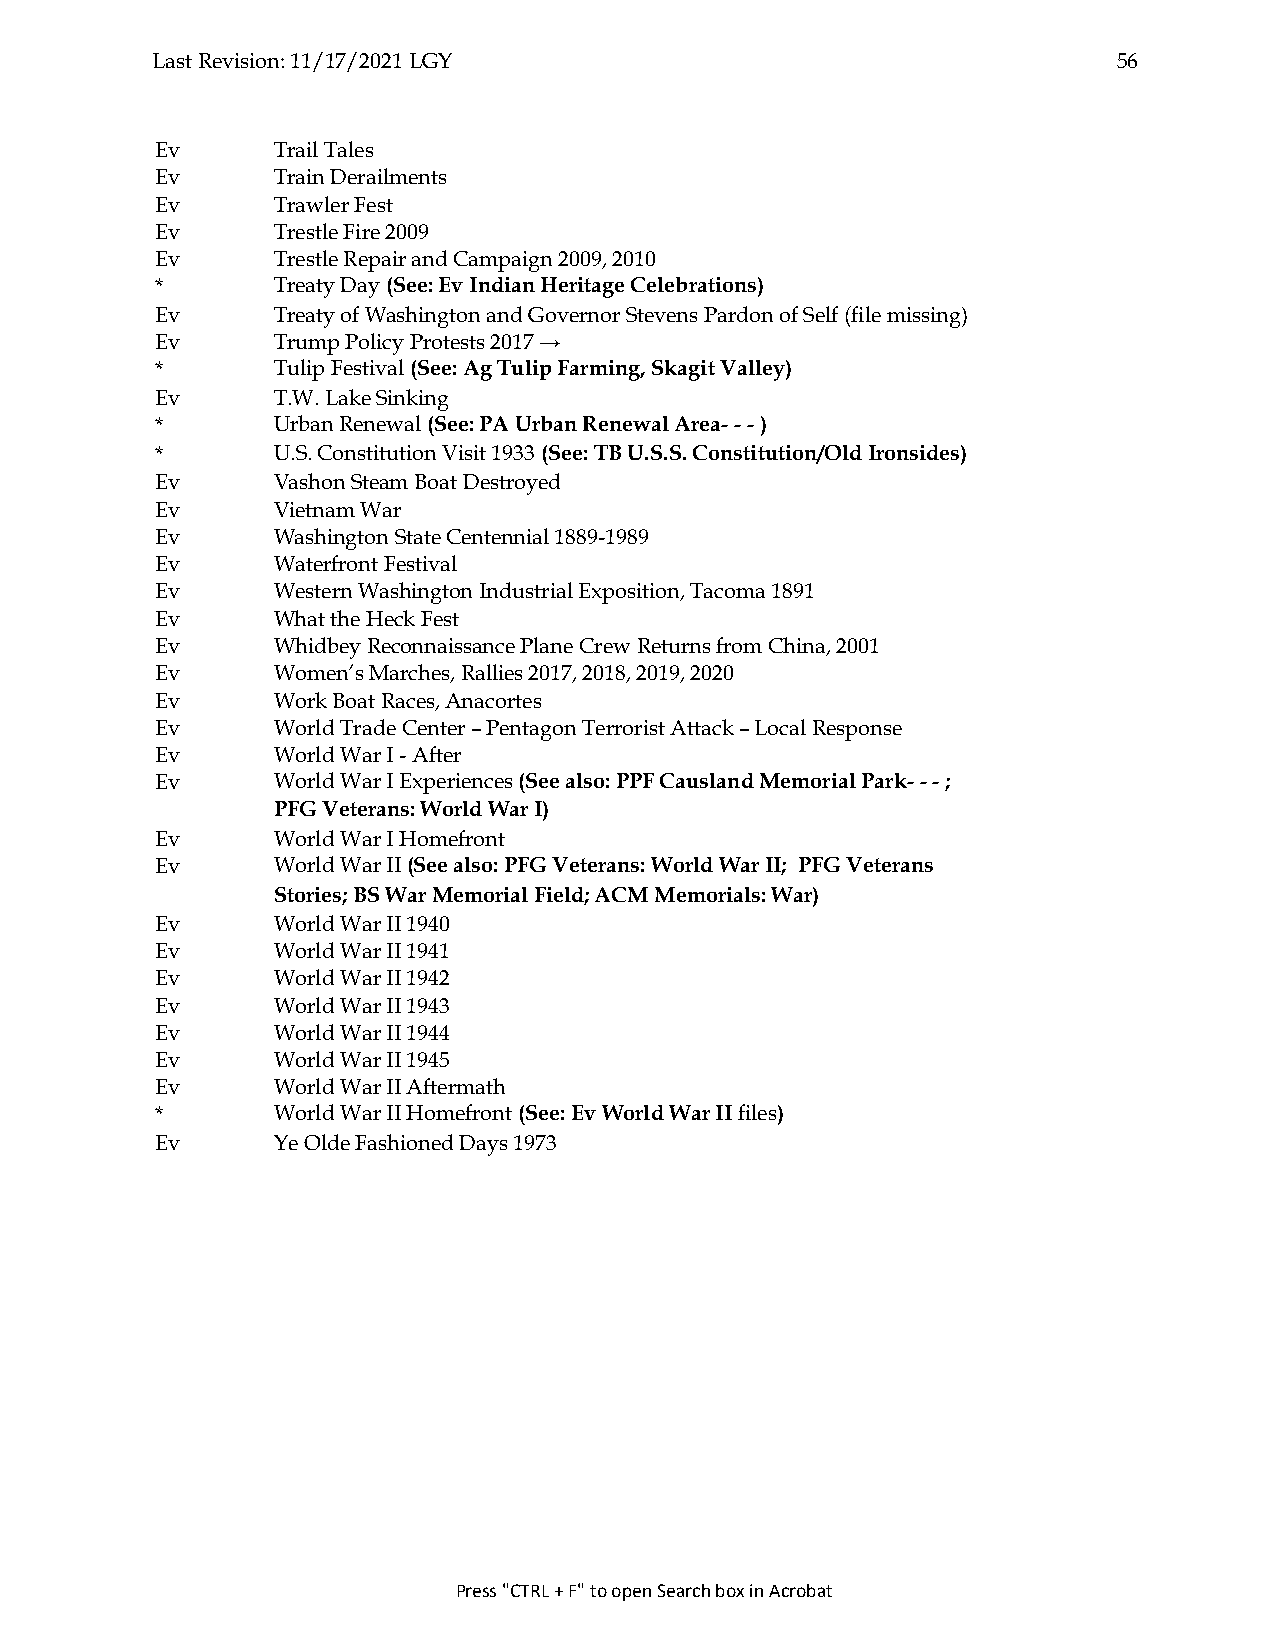
Last Revision: 11/17/2021 LGY                                   56
 Ev      Trail Tales
 Ev      Train Derailments
 Ev      Trawler Fest
 Ev      Trestle Fire 2009
 Ev      Trestle Repair and Campaign 2009, 2010
 *       Treaty Day (See: Ev Indian Heritage Celebrations)
 Ev      Treaty of Washington and Governor Stevens Pardon of Self (file missing)
 Ev      Trump Policy Protests 2017 →
 *       Tulip Festival (See: Ag Tulip Farming, Skagit Valley)
 Ev      T.W. Lake Sinking
 *       Urban Renewal (See: PA Urban Renewal Area- - - )
 *       U.S. Constitution Visit 1933 (See: TB U.S.S. Constitution/Old Ironsides)
 Ev      Vashon Steam Boat Destroyed
 Ev      Vietnam War
 Ev      Washington State Centennial 1889-1989
 Ev      Waterfront Festival
 Ev      Western Washington Industrial Exposition, Tacoma 1891
 Ev      What the Heck Fest
 Ev      Whidbey Reconnaissance Plane Crew Returns from China, 2001
 Ev      Women’s Marches, Rallies 2017, 2018, 2019, 2020
 Ev      Work Boat Races, Anacortes
 Ev      World Trade Center – Pentagon Terrorist Attack – Local Response
 Ev      World War I - After
 Ev      World War I Experiences (See also: PPF Causland Memorial Park- - - ;
 PFG Veterans: World War I)
 Ev      World War I Homefront
 Ev      World War II (See also: PFG Veterans: World War II; PFG Veterans
 Stories; BS War Memorial Field; ACM Memorials: War)
 Ev      World War II 1940
 Ev      World War II 1941
 Ev      World War II 1942
 Ev      World War II 1943
 Ev      World War II 1944
 Ev      World War II 1945
 Ev      World War II Aftermath
 *       World War II Homefront (See: Ev World War II files)
 Ev      Ye Olde Fashioned Days 1973
 Press "CTRL + F" to open Search box in Acrobat